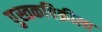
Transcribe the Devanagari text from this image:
पुस्तकविक्रीला